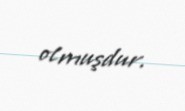
olmuşdur.